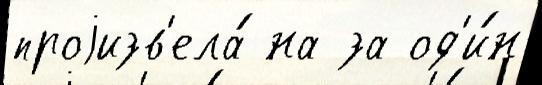
проjизв'ела́ на за од'и́н